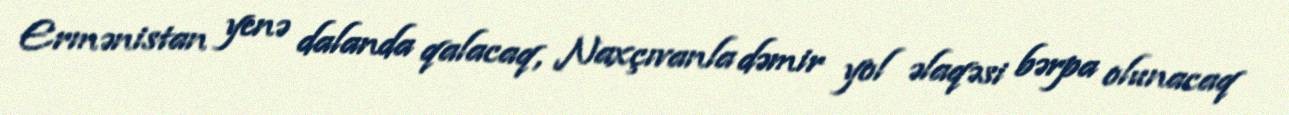
Ermənistan yenə dalanda qalacaq, Naxçıvanla dəmir yol əlaqəsi bərpa olunacaq